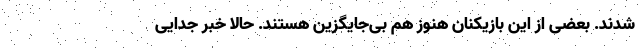
شدند. بعضی از این بازیکنان هنوز هم بی‌جایگزین هستند. حالا خبر جدایی